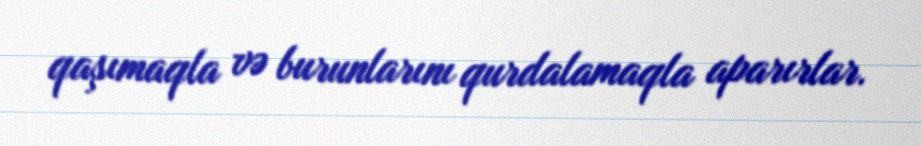
qaşımaqla və burunlarını qurdalamaqla aparırlar.